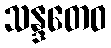
သန္ဒတေဝ